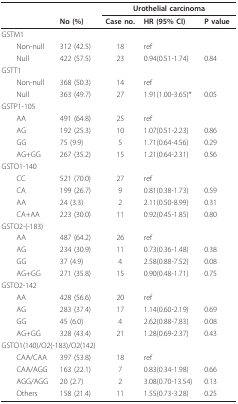
<table><thead><tr><td></td><td></td><td colspan="3"><b>Urothelial carcinoma</b></td></tr><tr><td></td><td><b>No (%)</b></td><td><b>Case no.</b></td><td><b>HR (95% CI)</b></td><td><b>P value</b></td></tr></thead><tbody><tr><td>GSTM1</td><td></td><td></td><td></td><td></td></tr><tr><td> Non-null</td><td>312 (42.5)</td><td>18</td><td>ref</td><td></td></tr><tr><td> Null</td><td>422 (57.5)</td><td>23</td><td>0.94(0.51-1.74)</td><td>0.84</td></tr><tr><td>GSTT1</td><td></td><td></td><td></td><td></td></tr><tr><td> Non-null</td><td>368 (50.3)</td><td>14</td><td>ref</td><td></td></tr><tr><td> Null</td><td>363 (49.7)</td><td>27</td><td>1.91(1.00-3.65)*</td><td>0.05</td></tr><tr><td>GSTP1-105</td><td></td><td></td><td></td><td></td></tr><tr><td> AA</td><td>491 (64.8)</td><td>25</td><td>ref</td><td></td></tr><tr><td> AG</td><td>192 (25.3)</td><td>10</td><td>1.07(0.51-2.23)</td><td>0.86</td></tr><tr><td> GG</td><td>75 (9.9)</td><td>5</td><td>1.71(0.64-4.56)</td><td>0.29</td></tr><tr><td> AG+GG</td><td>267 (35.2)</td><td>15</td><td>1.21(0.64-2.31)</td><td>0.56</td></tr><tr><td>GSTO1-140</td><td></td><td></td><td></td><td></td></tr><tr><td> CC</td><td>521 (70.0)</td><td>27</td><td>ref</td><td></td></tr><tr><td> CA</td><td>199 (26.7)</td><td>9</td><td>0.81(0.38-1.73)</td><td>0.59</td></tr><tr><td> AA</td><td>24 (3.3)</td><td>2</td><td>2.11(0.50-8.99)</td><td>0.31</td></tr><tr><td> CA+AA</td><td>223 (30.0)</td><td>11</td><td>0.92(0.45-1.85)</td><td>0.80</td></tr><tr><td>GSTO2-(-183)</td><td></td><td></td><td></td><td></td></tr><tr><td> AA</td><td>487 (64.2)</td><td>26</td><td>ref</td><td></td></tr><tr><td> AG</td><td>234 (30.9)</td><td>11</td><td>0.73(0.36-1.48)</td><td>0.38</td></tr><tr><td> GG</td><td>37 (4.9)</td><td>4</td><td>2.58(0.88-7.52)</td><td>0.08</td></tr><tr><td> AG+GG</td><td>271 (35.8)</td><td>15</td><td>0.90(0.48-1.71)</td><td>0.75</td></tr><tr><td>GSTO2-142</td><td></td><td></td><td></td><td></td></tr><tr><td> AA</td><td>428 (56.6)</td><td>20</td><td>ref</td><td></td></tr><tr><td> AG</td><td>283 (37.4)</td><td>17</td><td>1.14(0.60-2.19)</td><td>0.69</td></tr><tr><td> GG</td><td>45 (6.0)</td><td>4</td><td>2.62(0.88-7.83)</td><td>0.08</td></tr><tr><td> AG+GG</td><td>328 (43.4)</td><td>21</td><td>1.28(0.69-2.37)</td><td>0.43</td></tr><tr><td colspan="3">GSTO1(140)/O2(-183)/O2(142)</td><td></td><td></td></tr><tr><td> CAA/CAA</td><td>397 (53.8)</td><td>18</td><td>ref</td><td></td></tr><tr><td> CAA/AGG</td><td>163 (22.1)</td><td>7</td><td>0.83(0.34-1.98)</td><td>0.66</td></tr><tr><td> AGG/AGG</td><td>20 (2.7)</td><td>2</td><td>3.08(0.70-13.54)</td><td>0.13</td></tr><tr><td> Others</td><td>158 (21.4)</td><td>11</td><td>1.55(0.73-3.28)</td><td>0.25</td></tr></tbody></table>